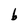
Character: b